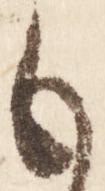
も